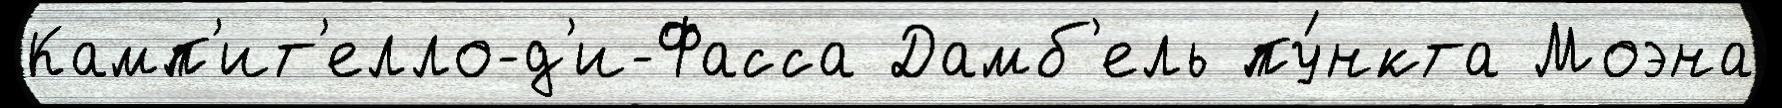
Камп'ит'елло-д'и-Фасса Дамб'ель пу́нкта Моэна